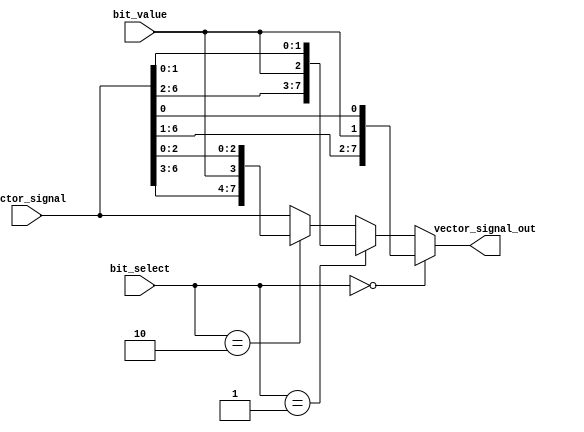
module bit_select_assign (
    input [7:0] vector_signal,
    input [2:0] bit_select,
    input bit_value,
    output reg [7:0] vector_signal_out
);

always @* begin
    if (bit_select == 0) begin
        vector_signal_out = {vector_signal[7:1], bit_value, vector_signal[0]};
    end else if (bit_select == 1) begin
        vector_signal_out = {vector_signal[7:2], bit_value, vector_signal[1:0]};
    end else if (bit_select == 2) begin
        vector_signal_out = {vector_signal[7:3], bit_value, vector_signal[2:0]};
    end else begin
        vector_signal_out = vector_signal; // No change if bit_select is outside range
    end
end

endmodule